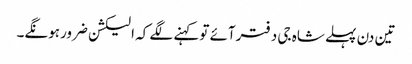
تین دن پہلے شاہ جی دفترآئے توکہنے لگے کہ الیکشن ضرورہونگے۔